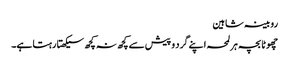
روبینہ شاہین
چھوٹا بچہ ہر لمحہ اپنے گرد و پیش سے کچھ نہ کچھ سیکھتا رہتا ہے۔